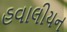
હવાલીયન